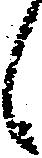
候